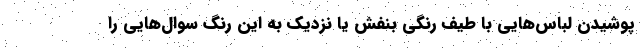
پوشیدن لباس‌هایی با طیف رنگی بنفش یا نزدیک به این رنگ سوال‌هایی را